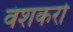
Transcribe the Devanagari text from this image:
वंशकरो